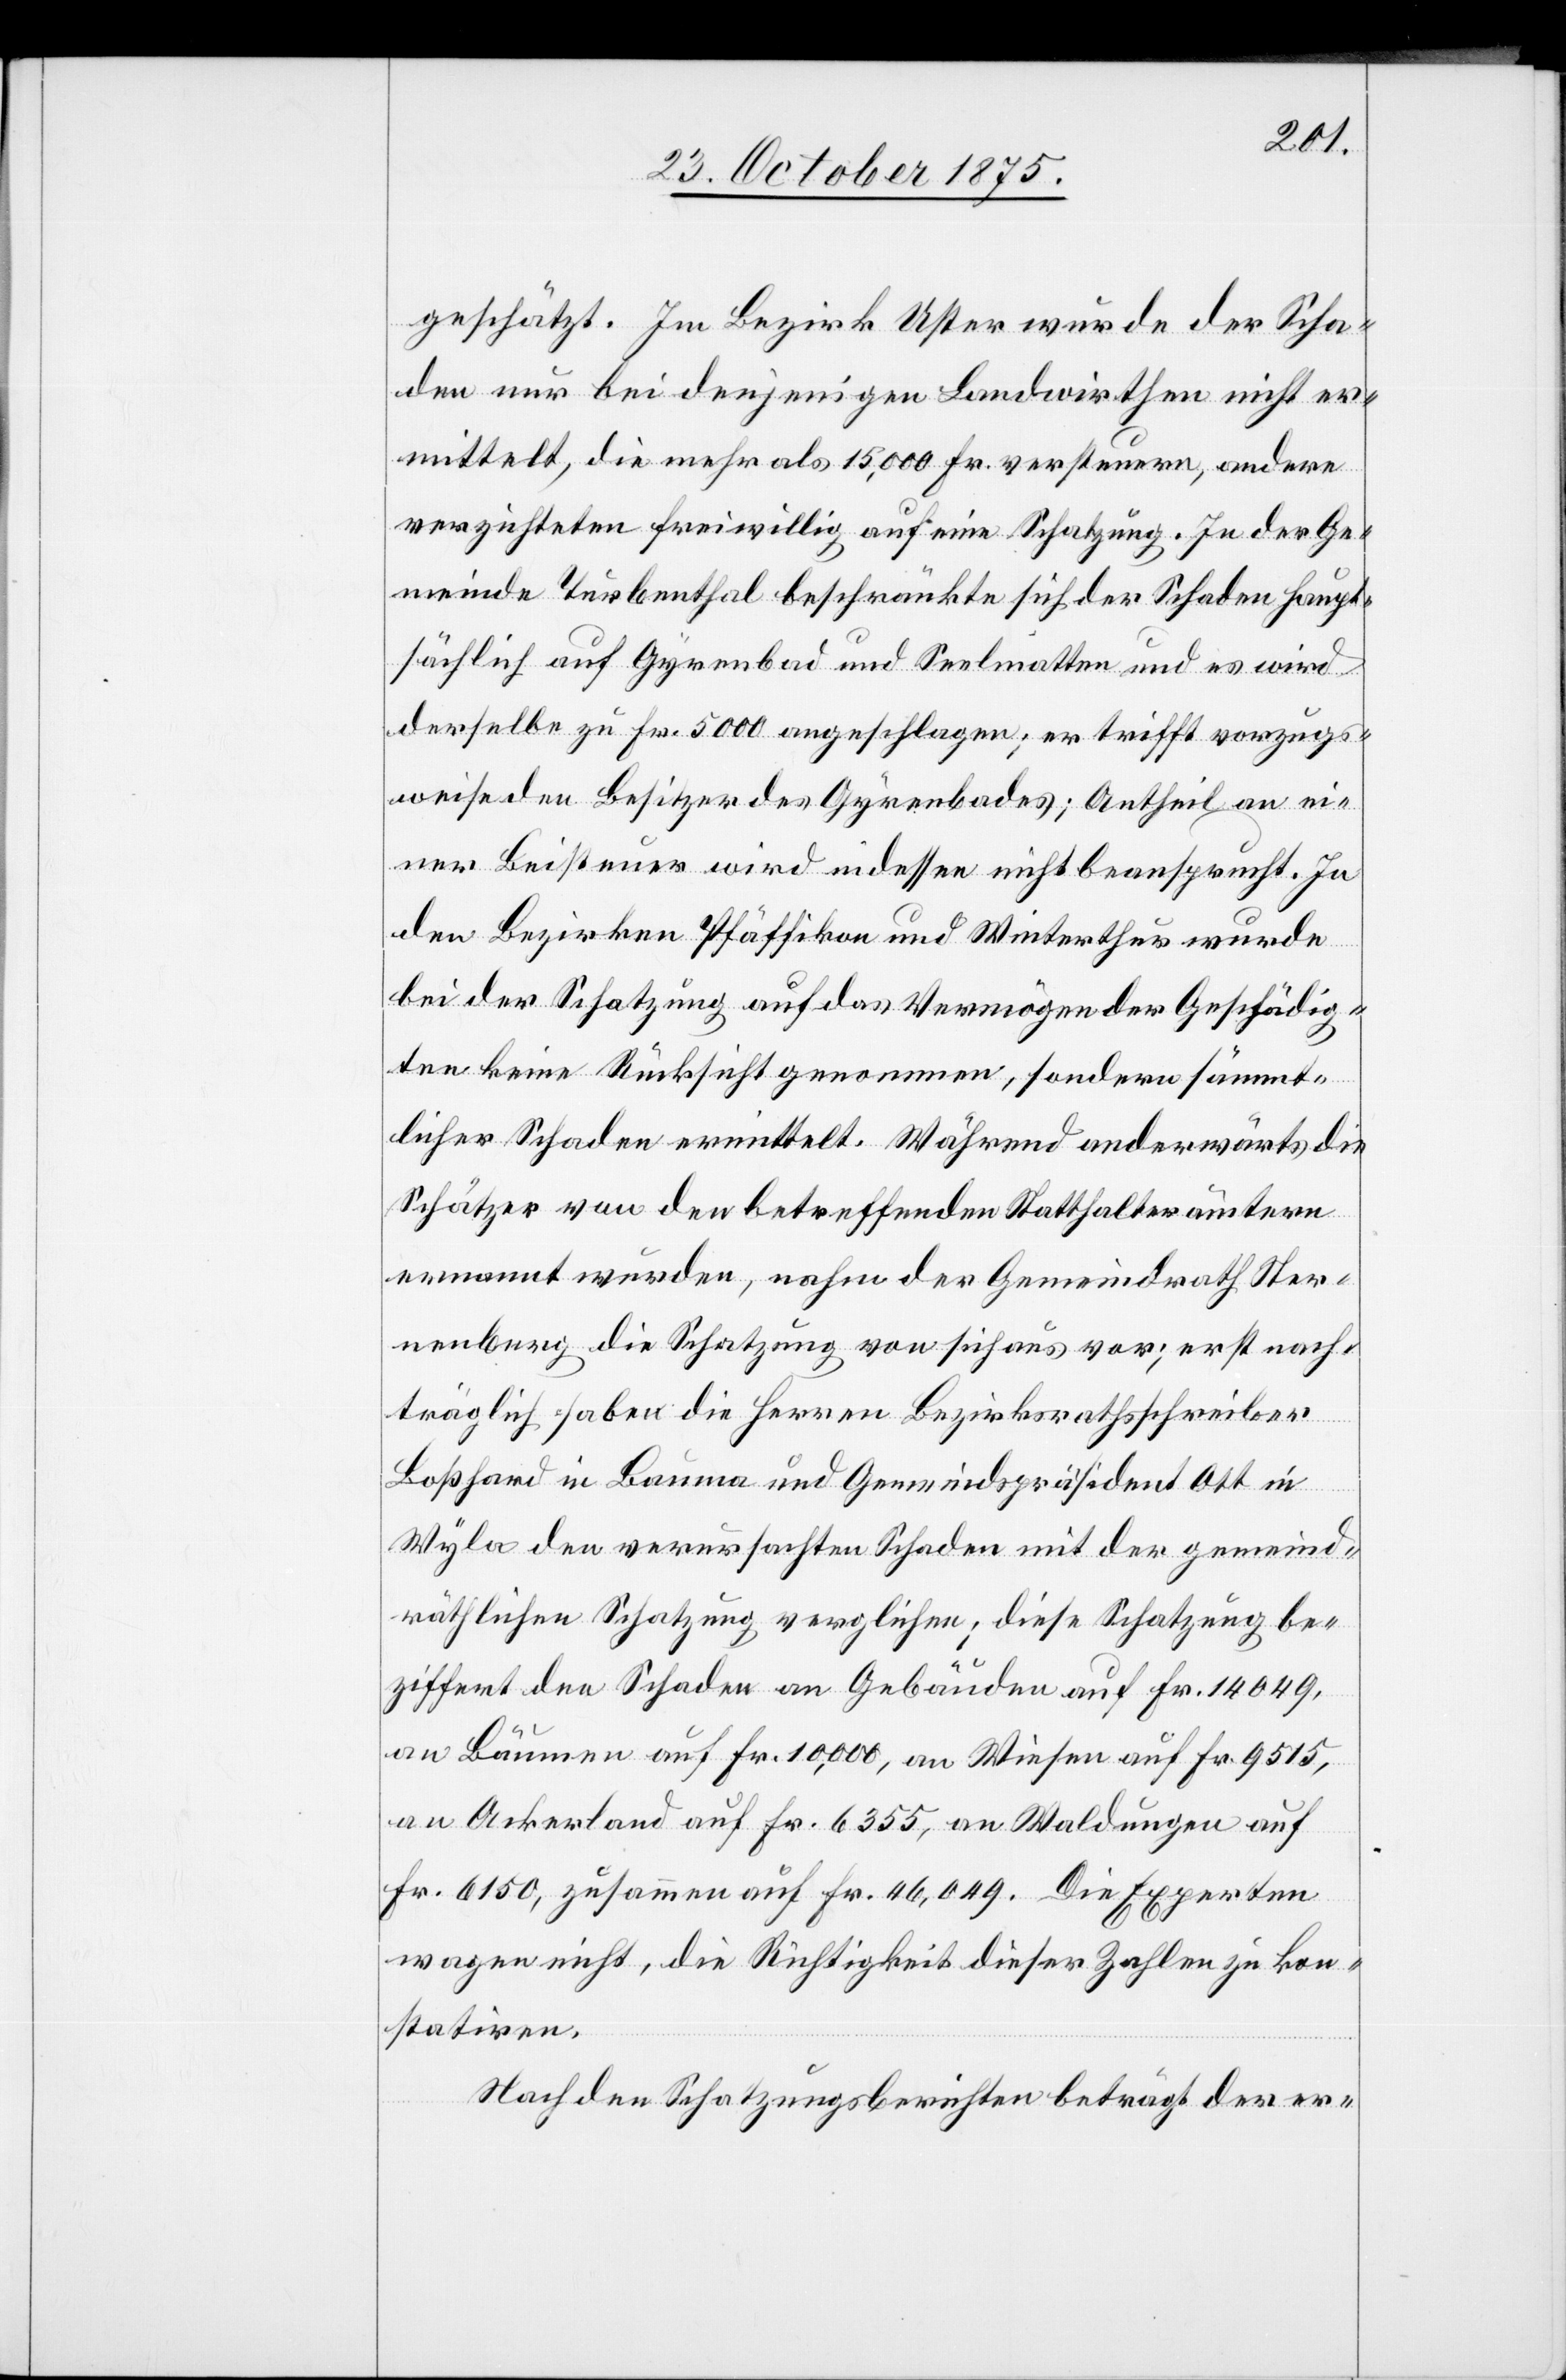
geschätzt. Im Bezirk Uster wurde der Scha¬
den nur bei denjenigen Landwirthen nicht er¬
mittelt, die mehr als 15,000 Fr. versteuern, andere
verzichteten freiwillig auf eine Schatzung. In der Ge¬
meinde Turbenthal beschränkte sich der Schaden haupt¬
sächlich auf Gyrenbad und Seelmatten und es wird
derselbe zu Fr. 5000 angeschlagen; er trifft vorzugs¬
weise den Besitzer des Gyrenbades; Antheil an ei¬
ner Beisteuer wird indessen nicht beansprucht. In
den Bezirken Pfäffikon und Winterthur wurde
bei der Schatzung auf das Vermögen der Geschädig¬
ten keine Rücksicht genommen, sondern sämmt¬
licher Schaden ermittelt. Während anderwärts die
Schätzer von den betreffenden Statthalterämtern
ernannt wurden, nahm der Gemeindrath Ster¬
nenberg die Schatzung von sich aus vor; erst nach¬
träglich haben die Herren Bezirksrathsschreiber
Boßhard in Bauma und Gemeindspräsident Ott in
Wyla den verursachten Schaden mit der gemeind¬
räthlichen Schatzung verglichen; diese Schatzung be¬
ziffert den Schaden an Gebäuden auf Fr. 14049,
an Bäumen auf Fr. 10,000, an Wiesen auf Fr. 9515,
an Ackerland auf Fr. 6355, an Waldungen auf
Fr. 6150, zusammen auf Fr. 46,049. Die Experten
wagen nicht, die Richtigkeit dieser Zahlen zu kon¬
statiren.
Nach den Schatzungsberichten beträgt der er-